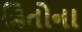
હિતોના